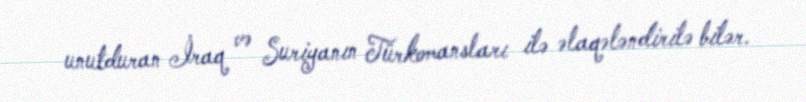
unutduran İraq və Suriyanın Türkomansları ilə əlaqələndirilə bilər.